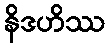
နိဒဟိဿ